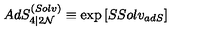
A d S _ { 4 \vert 2 { \cal N } } ^ { ( S o l v ) } \equiv \exp \left[ S S o l v _ { a d S } \right]